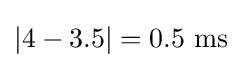
|4-3.5|=0.5~{\text{ms}}